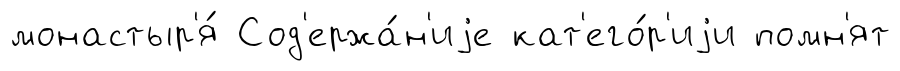
монастыр'я́ Сод'ержа́н'иjе кат'его́р'иjи помн'ят